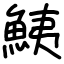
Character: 鮧